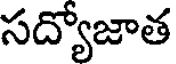
సద్యోజాత